Lunatic asylums in Bengal annual reports 1888-1898 - 1888-1898
Year: 1888
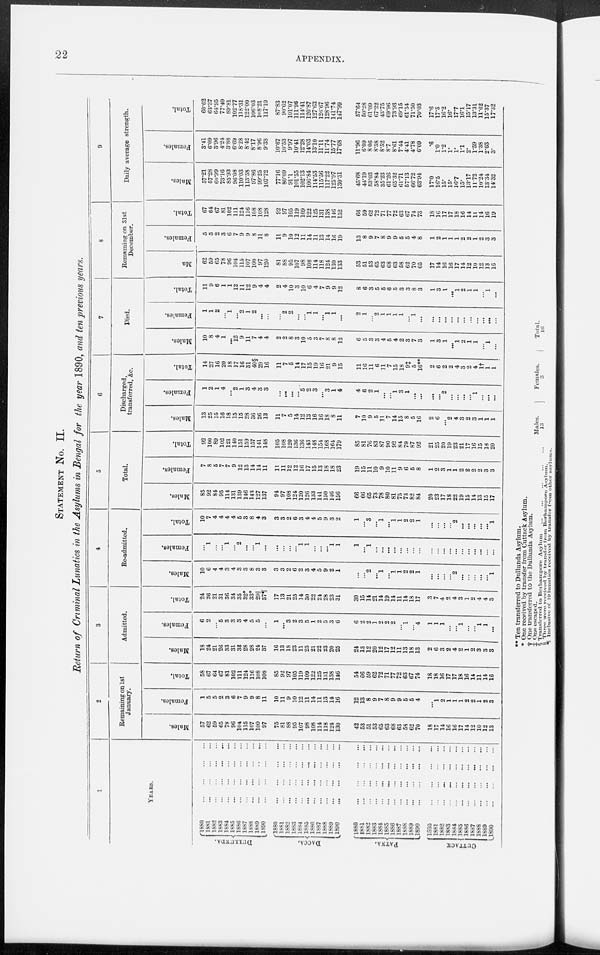
22
APPENDIX.
STATEMENT No. II.
Return of Criminal Lunatics in the Asylums in Bengal for the year 1890, and ten previous years.
1
YEARS.
DULLUNDA.
DACCA.
PATNA.
CUTTACK
1880 ... ... ... ...
1881
...
...
...
...
1882
...
...
...
...
1883 ... ... ... ...
1884
...
...
...
...
1885
...
...
...
...
1886 ... ... ... ...
1887
...
...
...
...
1888
...
...
...
...
1889 ... ... ... ...
1890
...
...
...
...
1880 ... ... ... ...
1881
...
...
...
...
1882
...
...
...
...
1883
...
...
...
...
1884
...
...
...
...
1885 ... ... ... ...
1886
...
...
...
...
1887
...
...
...
...
1888 ... ... ... ...
1889
...
...
...
...
1890 ... ... ... ...
1880 ... ... ... ...
1881
...
...
...
...
1882
...
...
...
...
1883
...
...
...
...
1884
...
...
...
...
1885
...
...
...
...
1886
...
...
...
...
1887
...
...
...
...
1888
...
...
...
...
1889
...
...
...
...
1890
...
...
...
...
1880
...
...
...
...
1881
...
...
...
...
1882
...
...
...
...
1883
... ... ... ...
1884
...
...
...
...
1885
...
...
...
...
1886
...
...
...
...
1887
...
...
...
...
1888
...
...
...
...
1889
...
...
...
...
1890
...
...
...
...
2
Remaining on 1st
January.
Males.
57
62
59
65
78
96
104
115
107
100
97
75
81
88
95
107
98
108
114
118
124
130
42
53
51
53
65
63
68
63
58
62
70
18
17
14
16
16
17
14
12
10
12
13
Females.
1
5
5
2
3
6
7
9
9
8
11
10
11
9
10
12
11
14
11
13
14
16
12
13
8
9
7
8
9
9
5
5
4
...
1
2
1
1
1
2
2
1
2
3
Total.
58
67
64
67
81
102
111
124
116
108
108
85
92
97
105
119
109
122
125
131
138
146
54
66
59
62
72
71
77
72
63
67
74
18
18
16
17
17
18
16
14
11
14
16
3
Admitted.
Males.
18
24
21
26
33
31
32
28
28
24
37
16
13
18
23
11
25
21
22
23
20
25
24
13
12
20
12
17
12
11
13
18
13
2
6
3
2
4
2
1
2
3
3
3
Females.
6
2
...
5
3
3
3
4
5
5
...
1
...
3
2
3
5
1
2
5
3
6
6
2
2
1
2
2
2
...
1
...
4
1
1
1
...
...
1
...
...
1
1
...
Total.
24
26
21
31
36
34
35
32*
33*
29 ||
37¶
17
13
21
25
14
30
22
21
28
23
31
30
15
14
21
14
19
14
11
14
18
17
3
7
4
2
4
3
1
2
4
4
3
4
Re-admitted.
Males.
10
6
4
4
3
4
3
3
8
3
3
3
3
2
6
2
3
4
5
9
2
1
...
... 2
...
1
...
1
1
2
2
1
...
...
...
...
2
...
...
... ...
...
1
Females.
...
1
...
...
1
...
2
...
...
1
...
...
...
...
...
1
1
...
...
...
1
1
1
...
1
...
...
...
...
...
...
...
...
...
...
...
...
...
...
...
...
...
... ...
Total.
10
7
4
4
4
4
5
3
8
4
3
3
3
2
6
3
4
4
5
9
3
2
1
...
3
...
1
...
1
1
2
2
1
...
...
...
...
2
...
...
...
...
...
1
5
Total.
Males.
85
92
84
95
114
131
139
146
143
127
137
94
97
108
124
120
126
133
141
150
146
156
66
66
65
73
78
80
81
75
73
82
84
20
23
17
18
22
19
15
14
13
15
17
Females.
7
8
5
7
7
9
12
13
14
14
11
11
11
12
12
16
17
15
13
18
18
23
19
15
11
10
9
10
11
9
6
5
8
1
2
3
1
1
2
2
2
2
3
3
Total.
92
100
89
102
121
140
151
159
157
141
148
105
108
120
136
136
143
148
154
168
164
179
85
81
76
83
87
90
92
84
79
87
92
21
25
20
19
23
21
17
16
15
18
20
6
Discharged,
transferred, &c.
Males.
13
25
15
16
18
15
15
28
36
26
13
11
7
5
14
12
13
16
16
18
8
11
7
10
9
5
11
7
14
15
8
5
16
2
6
...
2
4
3
2
3
1
1
1
Females.
1
2
1
4
...
2
1
3
4
3
3
...
...
...
...
5
2
3
...
3
1
4
4
6
2
1
...
...
1
3
1
...
...
...
...
2
...
...
...
...
1
...
...
...
Total.
14
27
16
20
18
17
16
31
40§
29
16
11
7
5
14
17
15
19
16
21
9
15
11
16
11
6
11
7
15
18
9‡
5
16**
2
6
2
2
4
3
2
4
1†
1
1
7
Died.
Males.
10
8
4
1
...
12
9
11
7
4
4
2
2
8
3
10
5
3
7
8
8
12
6
5
3
3
4
5
4
2
3
7
3
1
3
1
...
1
2
1
1
...
1
...
Females.
1
1
2
...
1
...
2
1
2
...
...
...
2
2
...
...
1
1
...
1
1
...
2
1
... 2
1
1
1
1
...
1
...
...
...
...
...
...
...
...
...
...
...
...
Total.
11
9
6
1
1
12
11
12
9
4
4
2
4
10
3
10
6
4
7
9
9
12
8
6
3
5
5
6
5
3
3
8
3
1
3
1
...
1
2
1
1
...
1
...
8
Remaining on 31st
December.
Males.
62
59
65
78
96
104
115
107
100
97
120
81
88
95
107
98
108
114
118
124
130
133
53
51
53
65
63
68
63
58
62
70
65
17
14
16
16
17
14
12
10
12
13
16
Females.
5
5
2
3
6
7
9
9
8
11
8
11
9
10
12
11
14
11
13
14
16
19
13
8
9
7
8
9
9
5
5
4
8
1
2
1
1
1
2
2
1
2
3
3
Total.
67
64
67
81
102
111
124
116
108
108
128
92
97
105
119
109
122
125
131
138
146
152
66
59
62
72
71
77
72
63
67
74
73
18
16
17
17
18
16
14
11
14
16
19
9
Daily average strength.
Males.
57.21
57.28
60.99
73.16
85.93
96.08
110.03
113.58
97.86
99.25
107.72
77.16
80.09
91.1
101.55
102.13
106.84
114.53
115.56
117.22
125.97
130.31
45.68
44.19
53.03
58.84
35.23
61.26
65.32
61.71
57.13
66.72
63.94
17.0
16.5
15.
15.
16.7
15.
13.17
11.72
10.24
13.34
14.32
Females.
3.41
6.09
3.96
4.24
3.88
6.69
8.28
8.42
8.17
8.96
9.38
10.67
10.53
9.97
10.41
12.28
14.03
13.10
11.11
11.74
15.77
17.68
11.96
6.09
8.06
8.38
8.52
8.7
8.61
7.44
4.41
4.78
6.09
.6
1.0
1.2
1.
1.
1.1
2.
1.59
1.38
2.03
3.
Total.
60.62
63.37
64.95
77.40
89.81
102.77
118.31
122.00
106.03
108.21
117.10
87.83
90.62
101.07
111.96
114.41
120.87
127.63
126.67
128.96
141.74
147.99
57.64
50.28
61.09
67.22
43.75
69.96
73.93
69.15
61.54
71.50
70.03
17.6
17.5
16.2
16.
17.7
16.1
15.17
13.31
11.62
15.37
17.32
** Ten transferred to Dullunda Asylum.
* One received by transfer from Cuttack Asylum.
† One transferred to the Dullunda Asylum.
‡ One escaped.
§ Transferred to Berhampore Asylum
...
...
...
...
...
Males.
13
Females.
3
Total.
16
|| Three were received by transfer from Berhampore Asylum.
** Inclusive of 19 lunatics received by transfer from other asylums.